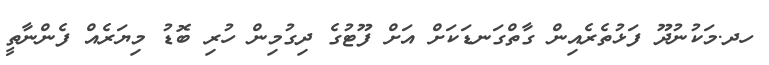
ހދ.މަކުނުދޫ ފަޅުތެރެއިން ގާތްގަނޑަކަށް އަށް ފޫޓުގެ ދިގުމިން ހުރި ބޮޑު މިޔަރެއް ފެންނާތީ